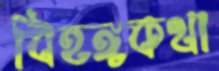
বিহঙ্গকথা